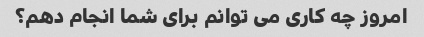
امروز چه کاری می توانم برای شما انجام دهم؟